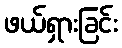
ဖယ်ရှားခြင်း